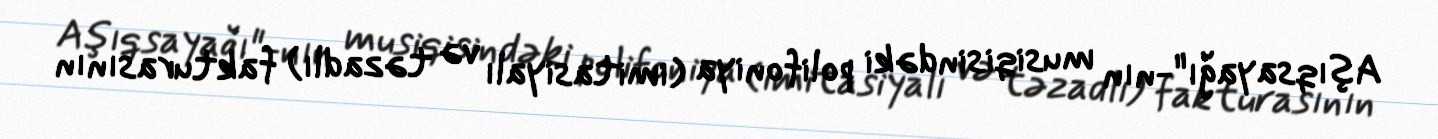
Aşıqsayağı"-nın musiqisindəki polifoniya (imitasiyalı və təzadlı) fakturasının